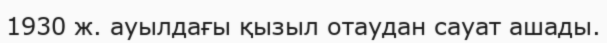
1930 ж. ауылдағы қызыл отаудан сауат ашады.